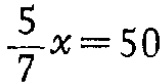
$\frac{5}{7}x = 50$